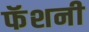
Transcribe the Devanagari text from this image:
फॅशनी